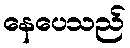
နေပေသည်